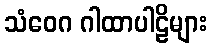
သံဝေဂ ဂါထာပါဠိများ